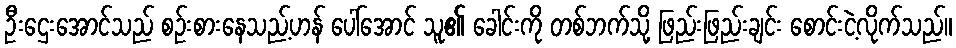
ဦးဌေးအောင်သည် စဉ်းစားနေသည့်ဟန် ပေါ်အောင် သူ၏ ခေါင်းကို တစ်ဘက်သို့ ဖြည်းဖြည်းချင်း စောင်းငဲ့လိုက်သည်။